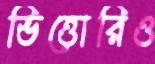
ভিত্তোরিও